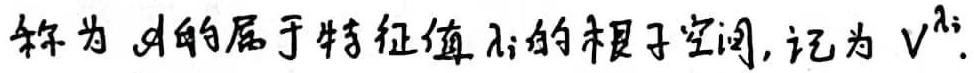
称为 $\mathscr{A}$ 的属于特征值 $\lambda_{i}$ 的根子空间, 记为 $V^{\lambda_{i}}$.